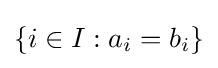
\left\{i\in I:a_{i}=b_{i}\right\}